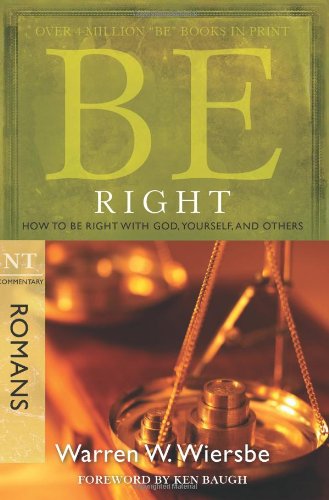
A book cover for Be Right (Romans): How to Be Right with God, Yourself, and Others (The BE Series Commentary); Warren W. Wiersbe; Christian Books & Bibles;